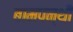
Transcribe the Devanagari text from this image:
बामपन्थी